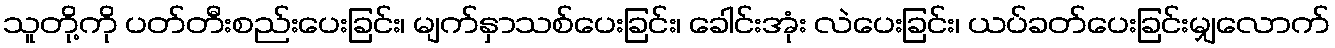
သူတို့ကို ပတ်တီးစည်းပေးခြင်း၊ မျက်နှာသစ်ပေးခြင်း၊ ခေါင်းအုံး လဲပေးခြင်း၊ ယပ်ခတ်ပေးခြင်းမျှလောက်